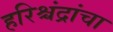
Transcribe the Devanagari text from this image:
हरिश्चंद्रांचा